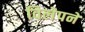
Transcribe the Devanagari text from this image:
विलेपने